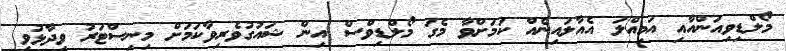
މޯލްޑިވިއަންއާއި އަމިއްލަ އެއާލައިނެއް ކަމަށްވާ މެގަ މޯލްޑިވްސް އިން ޝައުގުވެރިވާކަމަށް މިނިސްޓަރު ވިދާޅުވި